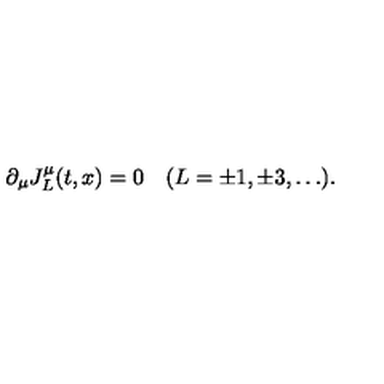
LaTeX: \partial _ { \mu } J _ { L } ^ { \mu } ( t , x ) = 0 \quad ( L = \pm 1 , \pm 3 , \dots ) .